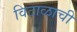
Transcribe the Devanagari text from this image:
विटाळाची